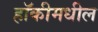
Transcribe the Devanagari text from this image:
हॉकीमधील